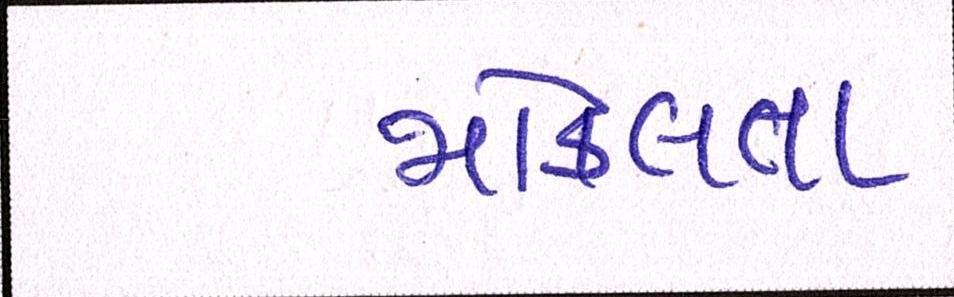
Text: મોકલતા